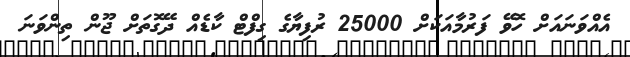
އެއްވަނައަށް ހޮވޭ ފަރުމާއަކަށް 25000 ރުފިޔާގެ ގިފްޓް ކާޑެއް ދޭގޮތަށް ޖޫން ތިންވަނަ